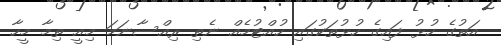
އަތުގެ ހުޅު ފައިގެ ހުޅުތަކުގައި ހުއްޓުމެއް ނެތި ރިއްސާނަމަ މިއީ ތިމާ މީހާ